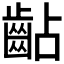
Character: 𪗦